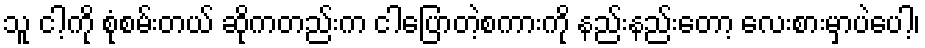
သူ ငါ့ကို စုံစမ်းတယ် ဆိုကတည်းက ငါပြောတဲ့စကားကို နည်းနည်းတော့ လေးစားမှာပဲပေါ့၊